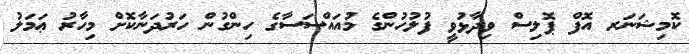
ކޮމިޝަނަރ އޮފް ޕޮލިސް ވިދާޅުވީ ފުލުހުންގެ މުއައްސަަސާގެ ހިންގުން ހަރުދަނާކޮށް މިހާރު ޢަމަލު